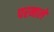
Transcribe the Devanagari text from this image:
परनाले